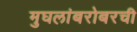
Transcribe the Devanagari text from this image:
मुघलांबरोबरची